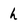
Character: h